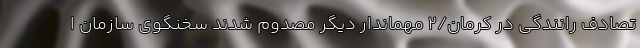
تصادف رانندگی در کرمان/2 مهماندار دیگر مصدوم شدند سخنگوی سازمان ا